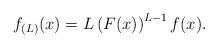
LaTeX: \begin{align*}f_{(L)}(x)=L\left(F(x)\right)^{L-1}f(x).\end{align*}